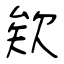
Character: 欸